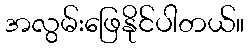
အလွမ်းဖြေနိုင်ပါတယ်။